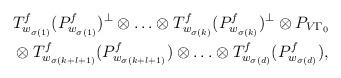
LaTeX: \begin{align*}& T_{w_{\sigma(1)} }^f (P_{w_{\sigma(1)}}^f)^\perp \otimes \ldots \otimes T_{w_{\sigma(k)}}^f (P_{w_{\sigma(k)}}^f)^\perp \otimes P_{V\Gamma_0} \\ &\otimes T_{w_{\sigma(k+l+1)}}^f (P_{w_{\sigma(k+l+1)}}^f) \otimes \ldots \otimes T_{w_{\sigma(d)}}^f (P_{w_{\sigma(d)}}^f),\end{align*}